Vaccination in Bombay 1863-1868 - 1863-1868
Year: 1863
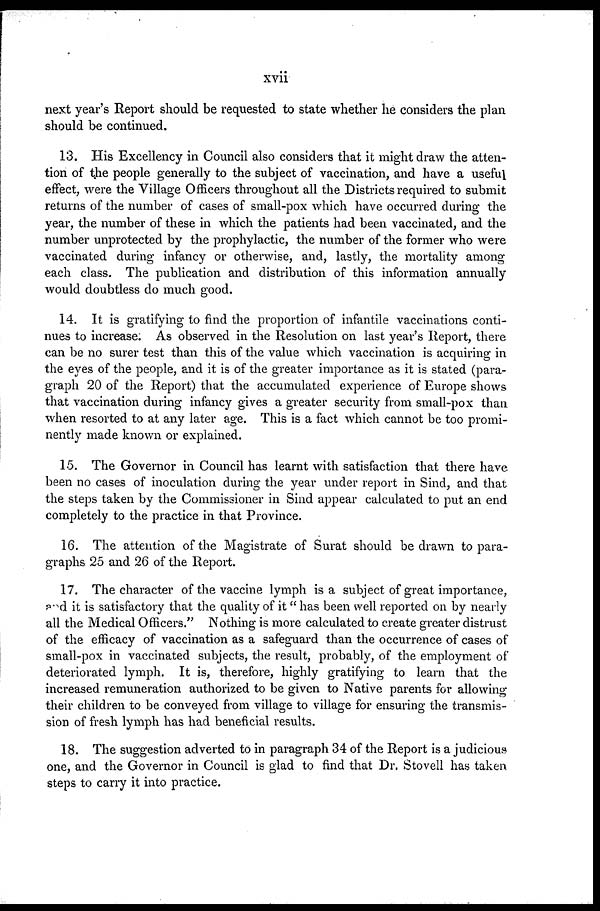
xvii
next year's Report should be requested to state whether he considers the plan
should be continued.
13. His Excellency in Council also considers that it might draw the atten-
tion of the people generally to the subject of vaccination, and have a useful
effect, were the Village Officers throughout all the Districts required to submit
returns of the number of cases of small-pox which have occurred during the
year, the number of these in which the patients had been vaccinated, and the
number unprotected by the prophylactic, the number of the former who were
vaccinated during infancy or otherwise, and, lastly, the mortality among
each class. The publication and distribution of this information annually
would doubtless do much good.
14. It is gratifying to find the proportion of infantile vaccinations conti-
nues to increase. As observed in the Resolution on last year's Report, there
can be no surer test than this of the value which vaccination is acquiring in
the eyes of the people, and it is of the greater importance as it is stated (para-
graph 20 of the Report) that the accumulated experience of Europe shows
that vaccination during infancy gives a greater security from small-pox than
when resorted to at any later age. This is a fact which cannot be too promi-
nently made known or explained.
15. The Governor in Council has learnt with satisfaction that there have
been no cases of inoculation during the year under report in Sind, and that
the steps taken by the Commissioner in Sind appear calculated to put an end
completely to the practice in that Province.
16. The attention of the Magistrate of Surat should be drawn to para-
graphs 25 and 26 of the Report.
17. The character of the vaccine lymph is a subject of great importance,
and it is satisfactory that the quality of it "has been well reported on by nearly
all the Medical Officers." Nothing is more calculated to create greater distrust
of the efficacy of vaccination as a safeguard than the occurrence of cases of
small-pox in vaccinated subjects, the result, probably, of the employment of
deteriorated lymph. It is, therefore, highly gratifying to learn that the
increased remuneration authorized to be given to Native parents for allowing
their children to be conveyed from village to village for ensuring the transmis-
sion of fresh lymph has had beneficial results.
18. The suggestion adverted to in paragraph 34 of the Report is a judicious
one, and the Governor in Council is glad to find that Dr. Stovell has taken
steps to carry it into practice.